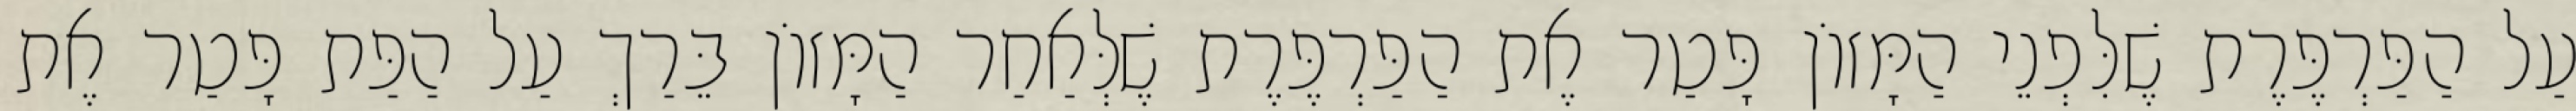
עַל הַפַּרְפֶּרֶת שֶׁלִּפְנֵי הַמָּזוֹן פָּטַר אֶת הַפַּרְפֶּרֶת שֶׁלְּאַחַר הַמָּזוֹן בֵּרַךְ עַל הַפַּת פָּטַר אֶת